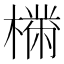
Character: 𣚠